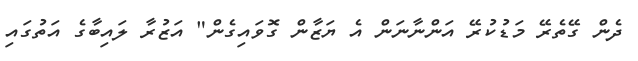
ދެން ގޭތެރޭ މަޑުކުރޭ އަންނާނަން އެ ޔަޒާން ގޮވައިގެން" އަޒުރާ ލައިބާގެ އަތުގައި